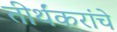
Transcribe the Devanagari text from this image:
तीर्थंकरांचे